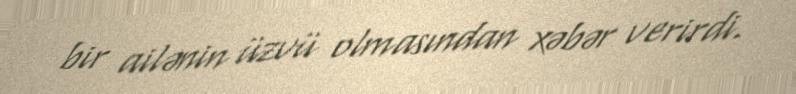
bir ailənin üzvü olmasından xəbər verirdi.